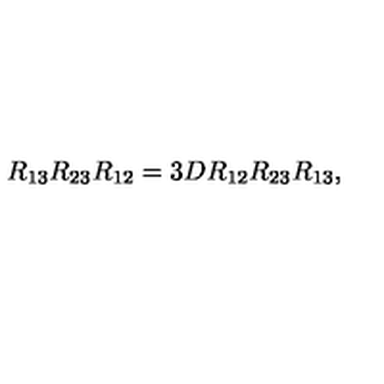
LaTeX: R _ { 1 3 } R _ { 2 3 } R _ { 1 2 } = 3 D R _ { 1 2 } R _ { 2 3 } R _ { 1 3 } ,